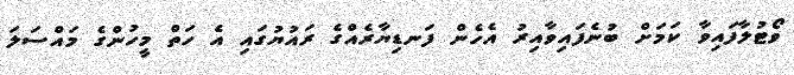
ވޯޓުލާފައިވާ ކަމަށް ބުނެފައިވާއިރު އެހެން ފަނޑިޔާރެއްގެ ރައުޔުގައި އެ ހަތް މީހުންގެ މައްސަލަ